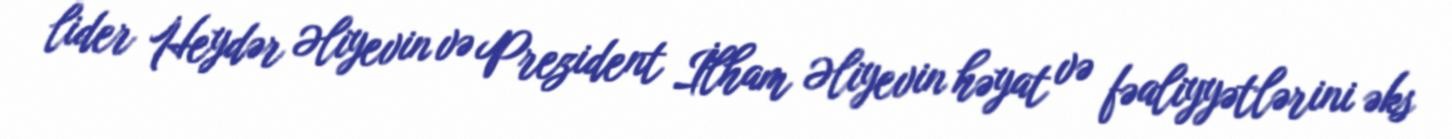
lider Heydər Əliyevin və Prezident İlham Əliyevin həyat və fəaliyyətlərini əks